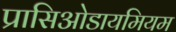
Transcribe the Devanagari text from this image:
प्रासिओडायमियम